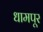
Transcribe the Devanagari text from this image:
धामपूर